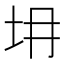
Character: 𡉱